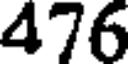
476